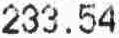
233.54